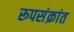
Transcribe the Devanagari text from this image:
रूपसंक्रांत